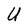
Character: U